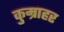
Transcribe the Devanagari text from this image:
कुम्राहर